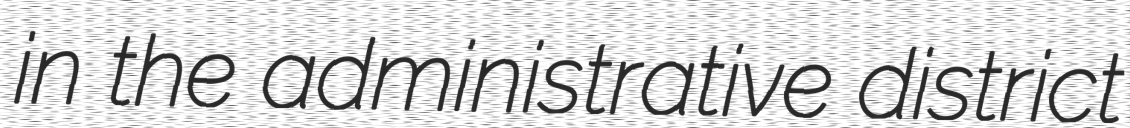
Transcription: in the administrative district